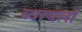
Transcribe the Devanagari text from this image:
ब्वायलॉ